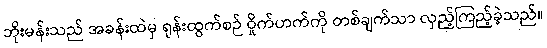
ဘိုးမန်းသည် အခန်းထဲမှ ရုန်းထွက်စဉ် ဝှိုက်ဟက်ကို တစ်ချက်သာ လှည့်ကြည့်ခဲ့သည်။